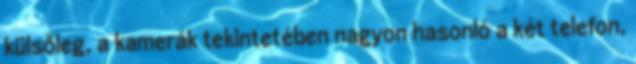
külsőleg, a kamerák tekintetében nagyon hasonló a két telefon,